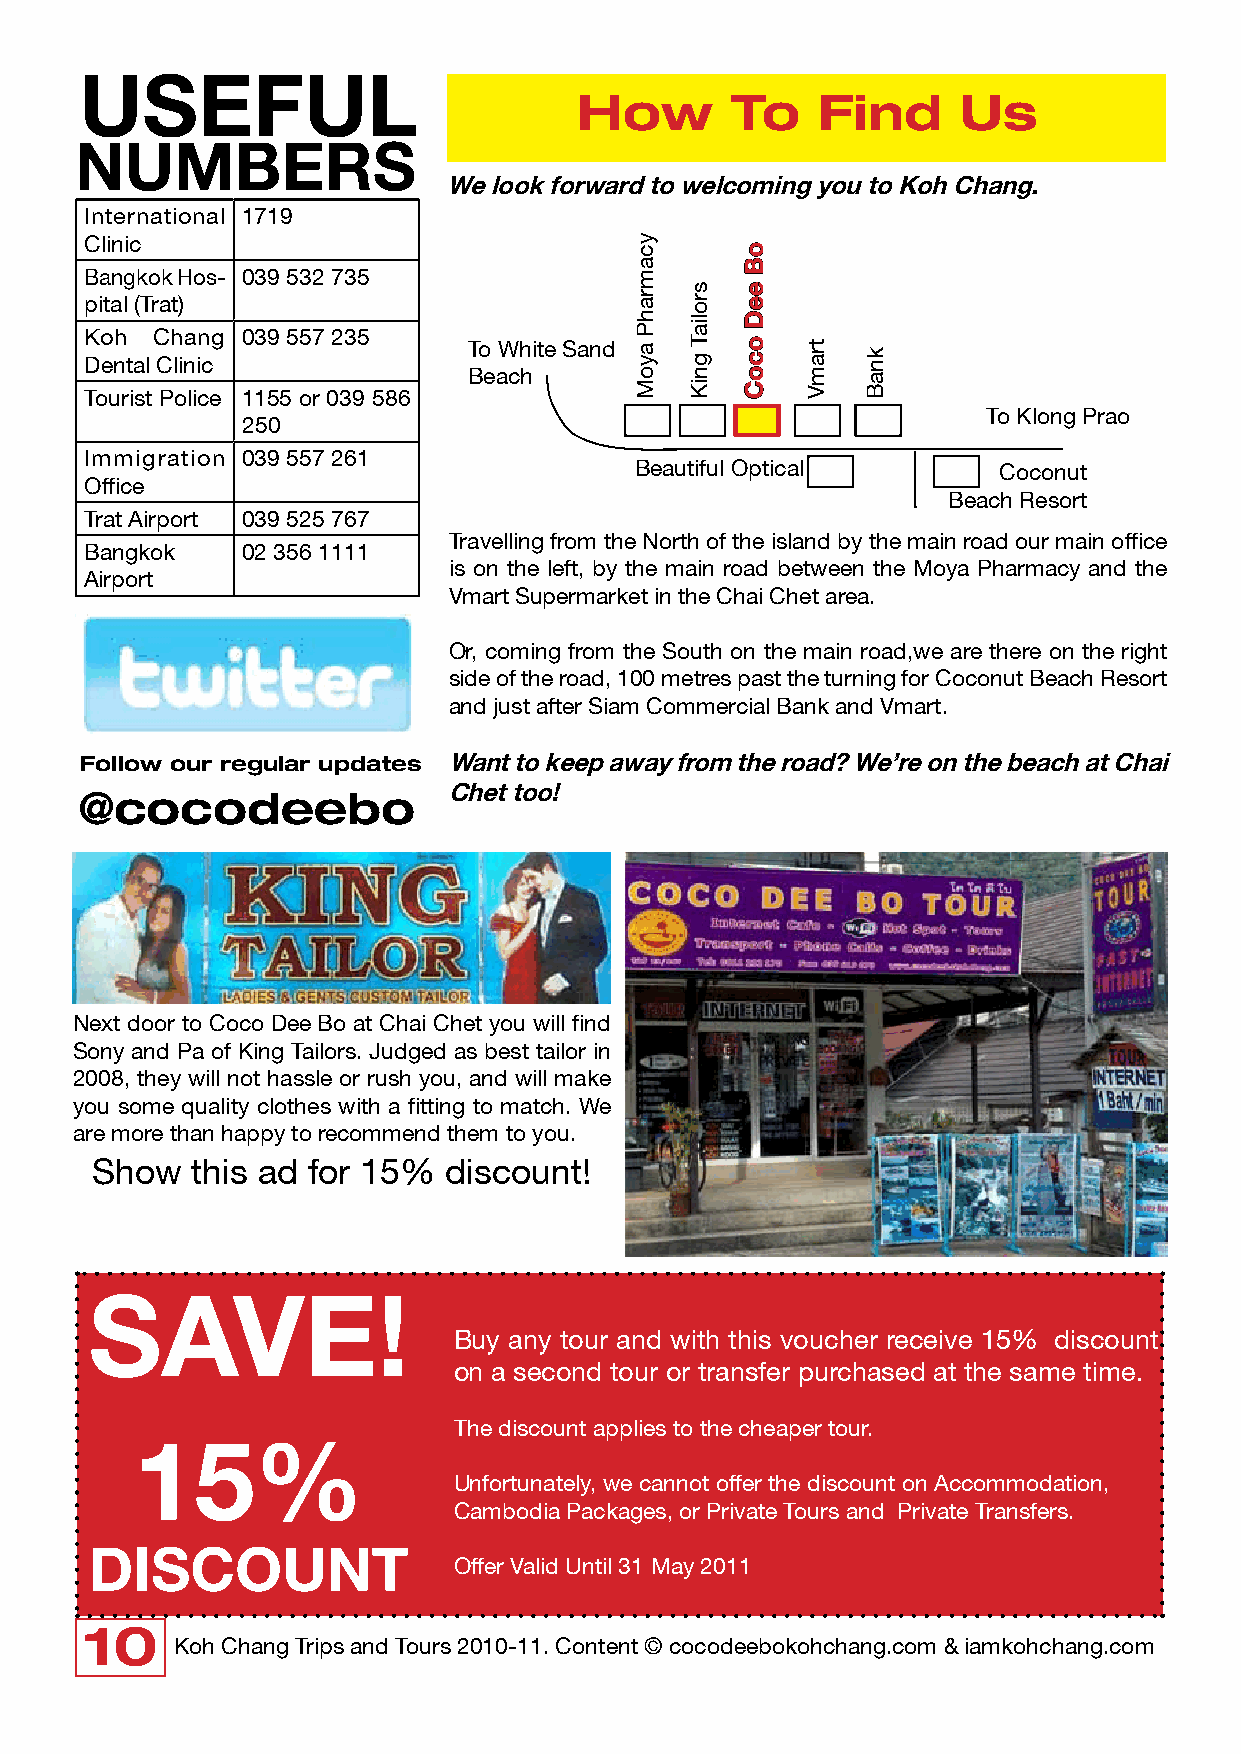
USEFUL
 How       To    Find      Us
 NUMBERS
 We look forward to welcoming you to Koh Chang.
 International 1719
 Clinic
 Bangkok Hos- 039 532 735
 pital (Trat)
 Koh Chang 039 557 235
 To White Sand
 Dental Clinic
 Beach
 Tourist Police 1155 or 039 586
 To Klong Prao
 250
 Immigration 039 557 261
 Beautiful Optical       Coconut
 Office
 Beach Resort
 Trat Airport 039 525 767
 Travelling from the North of the island by the main road our main office
 Bangkok   02 356 1111
 is on the left, by the main road between the Moya Pharmacy and the
 Airport
 Vmart Supermarket in the Chai Chet area.
 Or, coming from the South on the main road,we are there on the right
 side of the road, 100 metres past the turning for Coconut Beach Resort
 and just after Siam Commercial Bank and Vmart.
 Follow our regular updates Want to keep away from the road? We’re on the beach at Chai
 Chet too!
 @cocodeebo
 Next door to Coco Dee Bo at Chai Chet you will find
 Sony and Pa of King Tailors. Judged as best tailor in
 2008, they will not hassle or rush you, and will make
 you some quality clothes with a fitting to match. We
 are more than happy to recommend them to you.
 Show   this ad for 15% discount!
 SAVE!
 Buy any tour and with this voucher receive 15% discount
 on a second tour or transfer purchased at the same time.
 The discount applies to the cheaper tour.
 15%
 Unfortunately, we cannot offer the discount on Accommodation,
 Cambodia Packages, or Private Tours and Private Transfers.
 DISCOUNT
 Offer Valid Until 31 May 2011
 10
 Koh Chang Trips and Tours 2010-11. Content © cocodeebokohchang.com & iamkohchang.com
 ycamrahP
 ayoM
 sroliaT
 gniK
 oB
 eeD
 ocoC tramV knaB